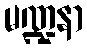
မဏ္ဍနာ